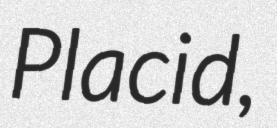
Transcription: Placid,